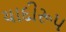
યાદીરૂપ